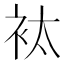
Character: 𧘹